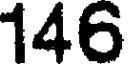
146